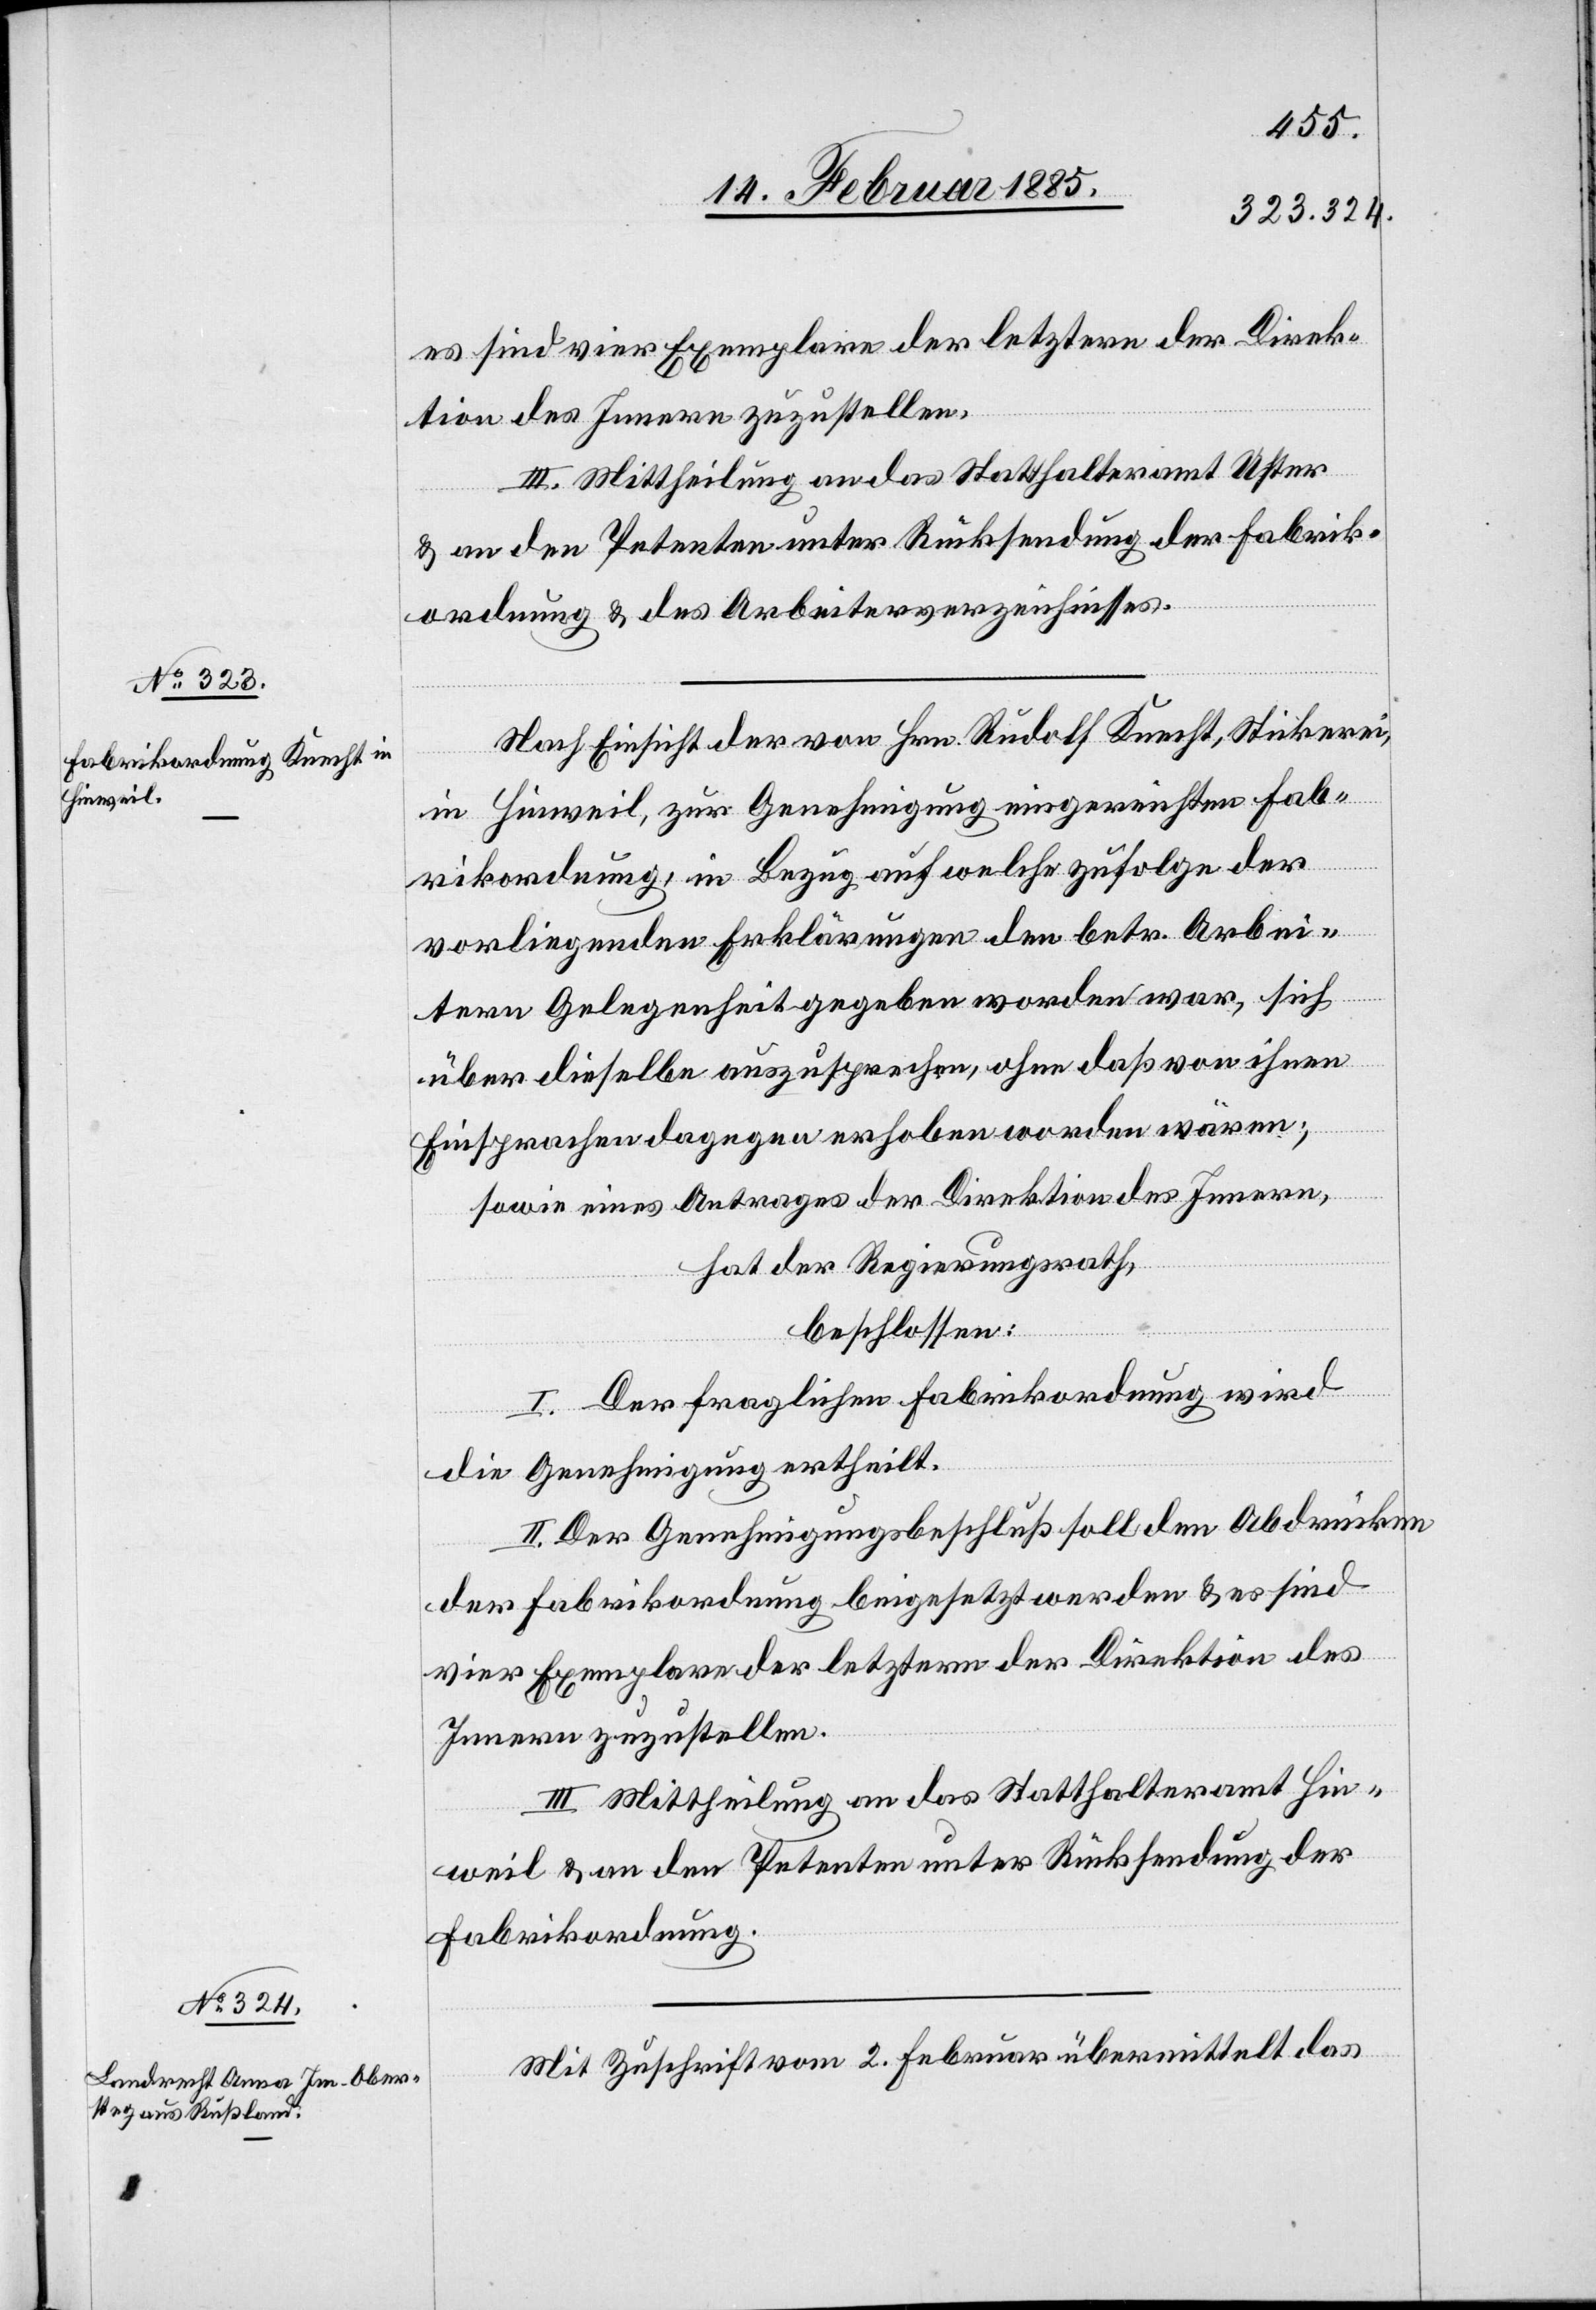
es sind vier Exemplare des letztern der Direk¬
tion des Innern zuzustellen.
III. Mittheilung an das Statthalteramt Uster
& an den Petenten unter Rücksendung der Fabrik¬
ordnung & des Arbeiterverzeichnisses.
Nach Einsicht der von Hrn. Rudolf Knecht, Stickerei,
in Hinweil, zur Genehmigung eingereichten Fab¬
wären;
rikordnung, in Bezug auf welche zufolge der
vorliegenden Erklärungen den betr. Arbei¬
tern Gelegenheit gegeben worden war, sich
über dieselbe auszusprechen, ohne das von ihnen
sowie eines Antrages der Direktion des Innern,
hat der Regierungsrath,
beschlossen:
I. Der fraglichen Fabrikordnung wird
die Genehmigung ertheilt.
II. Der Genehmigungsbeschluß soll den Abdrücken
der Fabrikordnung beigesetzt werden & es sind
vier Exemplare der letztern der Direktion des
Innern zuzustellen.
III. Mittheilung an das Statthalteramt Hin¬
weil & an den Petenten unter Rücksendung der
Fabrikordnung.
Mit Zuschrift vom 2. Februar übermittelt das